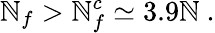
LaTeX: \mathbb{N}_{f}>\mathbb{N}_{f}^{c}\simeq3.9\mathbb{N}\ .